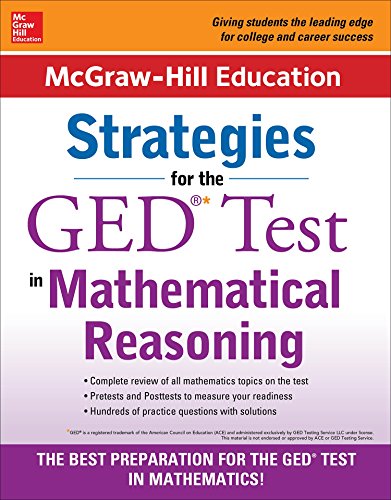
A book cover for McGraw-Hill Education Strategies for the GED Test in Mathematical Reasoning; McGraw-Hill Education; Test Preparation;